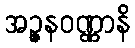
အဉ္ဇနဝဏ္ဏာနိ